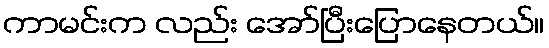
ကာမင်းက လည်း အော်ပြီးပြောနေတယ်။